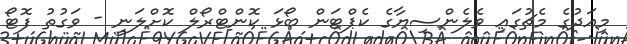
މިއަދުގެ މެޗުގައި ވެލެންސިޔާގެ ކެޕްޓަން ބޯޅަ ކޮންޓްރޯލް ކޮށްލަނީ - ވަގުތު ފޮޓޯ